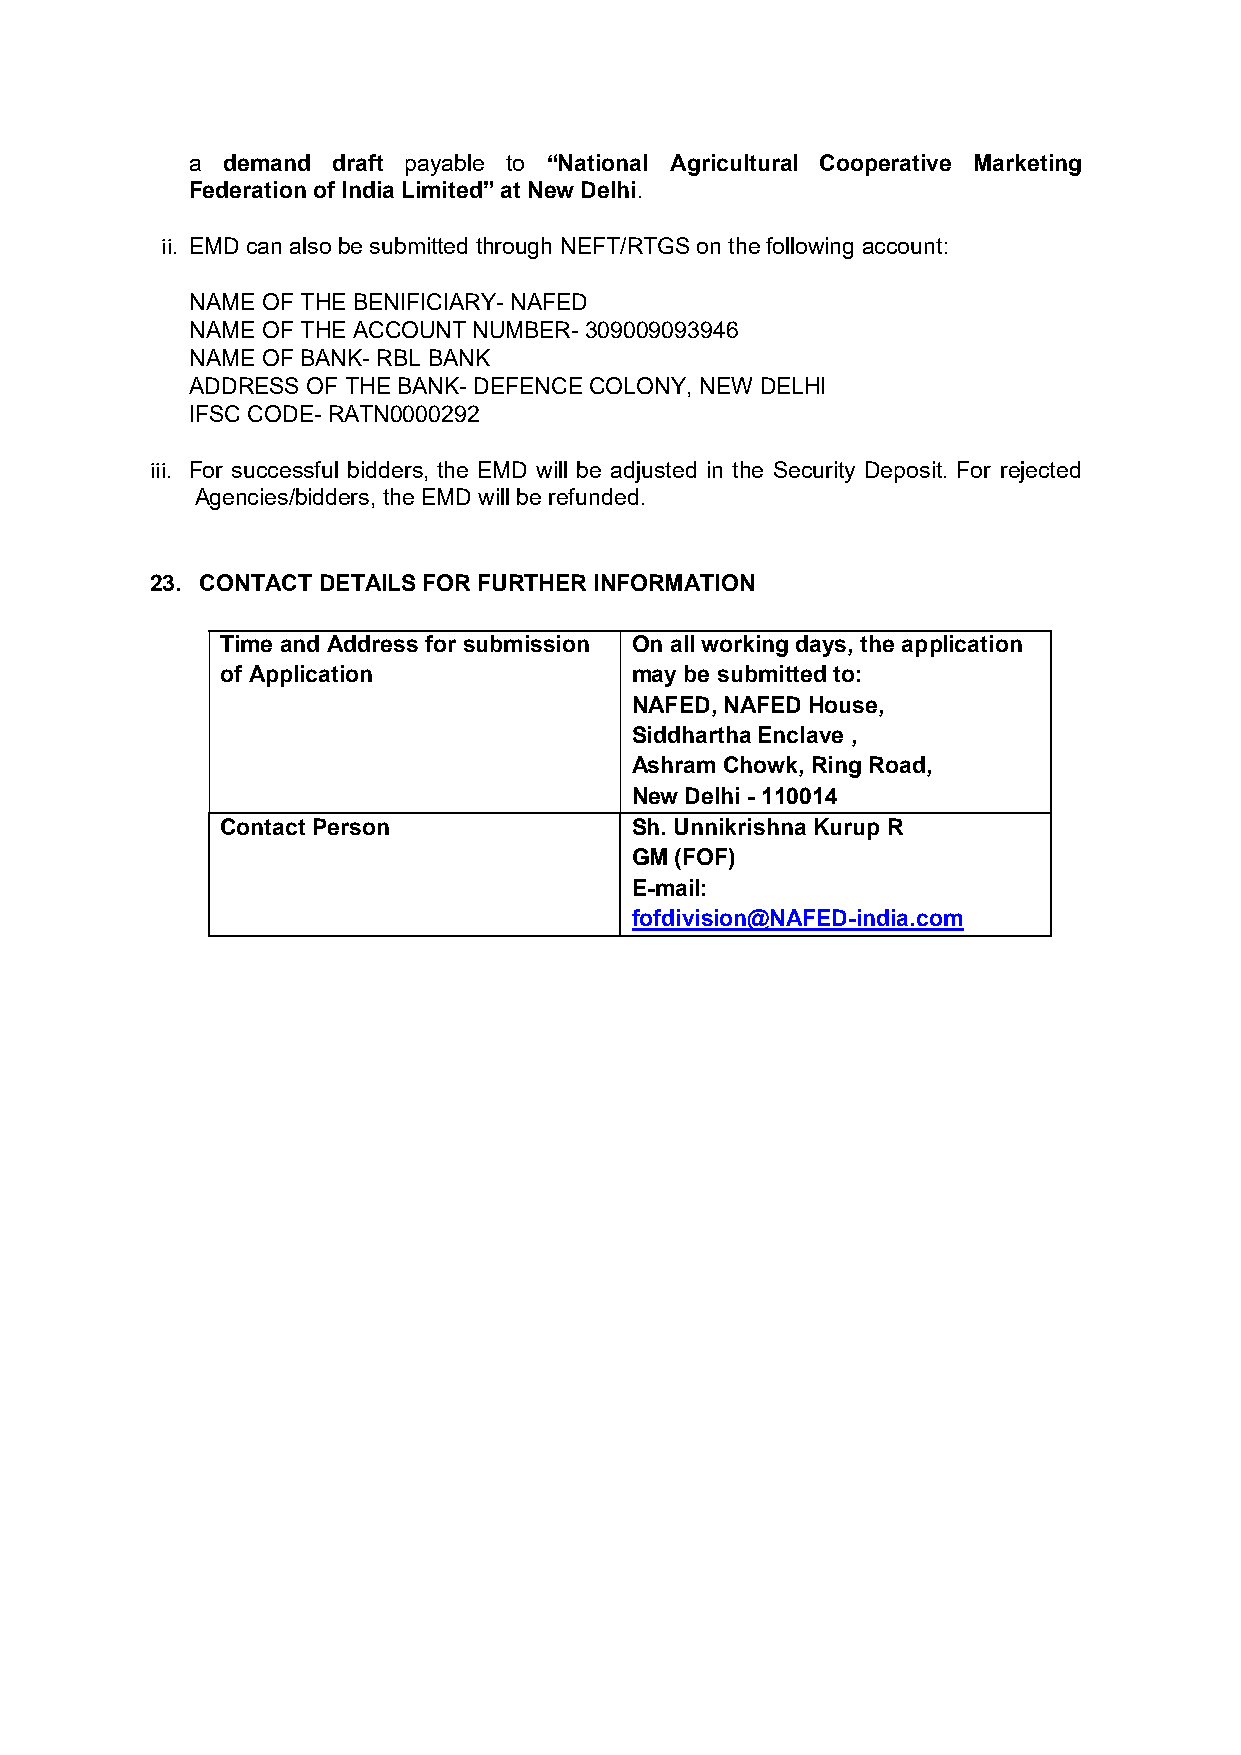
a demand draft payable to “National Agricultural Cooperative Marketing
 Federation of India Limited” at New Delhi.
 ii. EMD can also be submitted through NEFT/RTGS on the following account:
 NAME OF THE BENIFICIARY- NAFED
 NAME OF THE ACCOUNT NUMBER- 309009093946
 NAME OF BANK- RBL BANK
 ADDRESS OF THE BANK- DEFENCE COLONY, NEW DELHI
 IFSC CODE- RATN0000292
 iii. For successful bidders, the EMD will be adjusted in the Security Deposit. For rejected
 Agencies/bidders, the EMD will be refunded.
 23. CONTACT DETAILS FOR FURTHER INFORMATION
 Time and Address for submission On all working days, the application
 of Application             may be submitted to:
 NAFED, NAFED House,
 Siddhartha Enclave ,
 Ashram Chowk, Ring Road,
 New Delhi - 110014
 Contact Person             Sh. Unnikrishna Kurup R
 GM (FOF)
 E-mail:
 fofdivision@NAFED-india.com